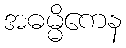
အဓမ္မိကေန